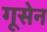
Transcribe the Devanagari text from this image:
गूसेन